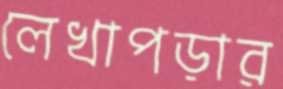
লেখাপড়ার